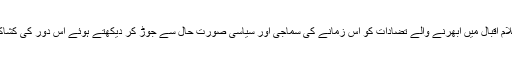
بعض تنقید نگاروں نے كلامِ اقبال میں ابھرنے والے تضادات كو اس زمانے كی سماجی اور سیاسی صورت حال سے جوڑ كر دیكھتے ہوئے اس دور كی كشاكش كا شاخسانہ بتایا ہے ۔